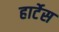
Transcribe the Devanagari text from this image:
हार्टेस